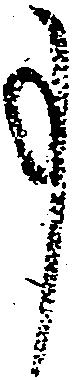
事